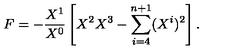
F = - { \frac { X ^ { 1 } } { X ^ { 0 } } } \left[ X ^ { 2 } X ^ { 3 } - \sum _ { i = 4 } ^ { n + 1 } ( X ^ { i } ) ^ { 2 } \right] .